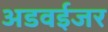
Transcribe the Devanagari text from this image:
अडवईजर